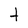
Character: t